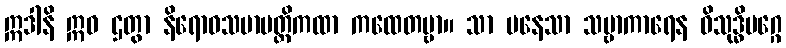
ဣဒါနိ ဣဓ ဌတွာ နိရောဓသမာပတ္တိကထာ ကထေတဗ္ဗာ။ သာ ပနေသာ သဗ္ဗာကာရေန ဝိသုဒ္ဓိမဂ္ဂေ